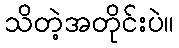
သိတဲ့အတိုင်းပဲ။